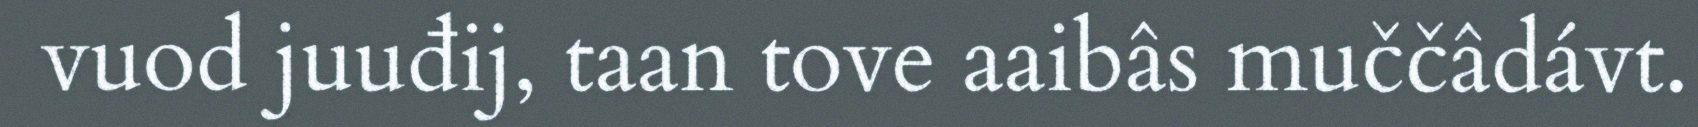
vuod juuđij, taan tove aaibâs muččâdávt.